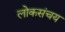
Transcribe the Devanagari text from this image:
लोकसंचय